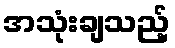
အသုံးချသည့်